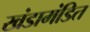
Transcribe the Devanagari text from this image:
खंडामंडित